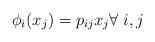
LaTeX: \begin{align*}\phi_i(x_j)=p_{ij} x_j\forall \; i,j\end{align*}